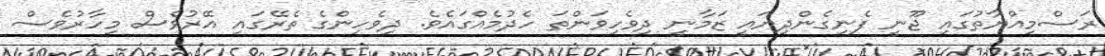
ރަސްމިއްޔާތުގައި ޖޫނީ ފެނިގެންދިޔައީ ޒަމާނީ ދިވެހިވަންތަ ހެދުމެއްގައެވެ. ދިވެހިންގެ ތެރޭގައި އޭރުވެސް މިހާރުވެސް